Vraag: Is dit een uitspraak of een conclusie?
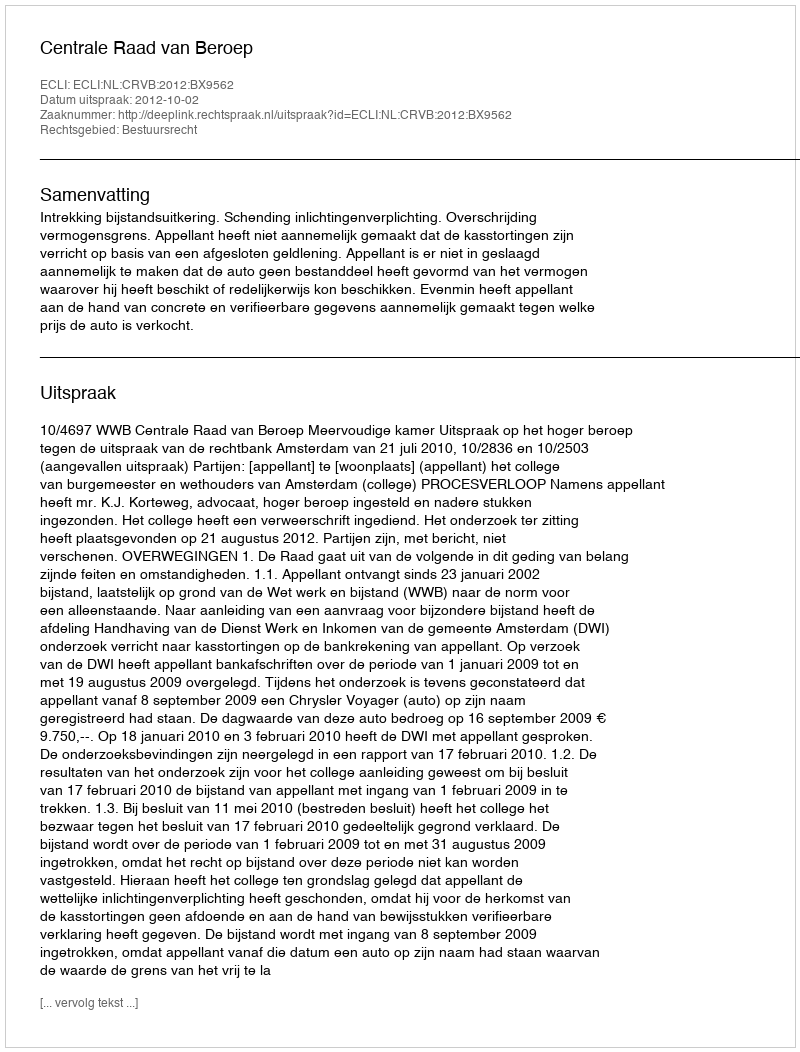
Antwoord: Uitspraak